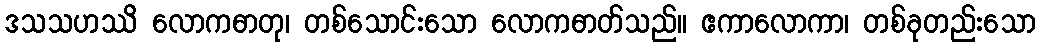
ဒသသဟဿိ လောကဓာတု၊ တစ်သောင်းသော လောကဓာတ်သည်။ ဧကာလောကာ၊ တစ်ခုတည်းသော